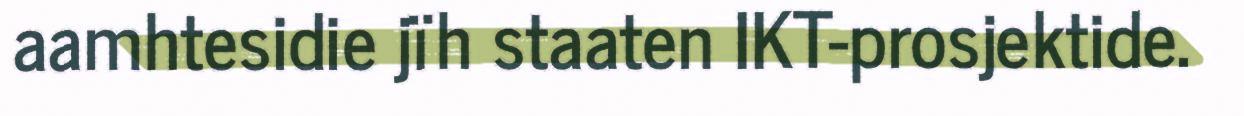
aamhtesidie jïh staaten IKT-prosjektide.